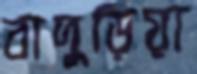
বাদুড়িয়া